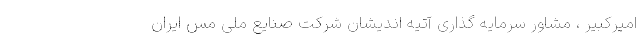
امیرکبیر ، مشاور سرمایه گذاری آتیه اندیشان شرکت صنایع ملی مس ایران